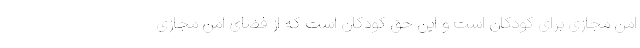
امن مجازی برای کودکان است و این حق کودکان است که از فضای امن مجازی